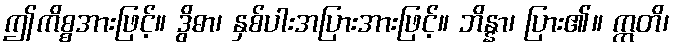
ဤကိစ္စအားဖြင့်။ ဒွိဓာ၊ နှစ်ပါးအပြားအားဖြင့်။ ဘိန္နာ၊ ပြား၏။ ဣတိ၊